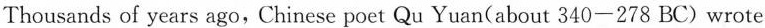
Thousands of years ago, Chinese poet Qu Yuan(about 340-278 BC)wrote